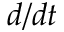
d / d t